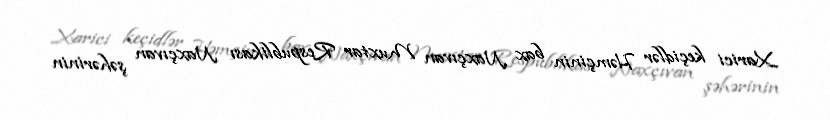
Xarici keçidlər Həmçinin bax Naxçıvan Muxtar Respublikası Naxçıvan şəhərinin